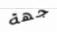
جهة